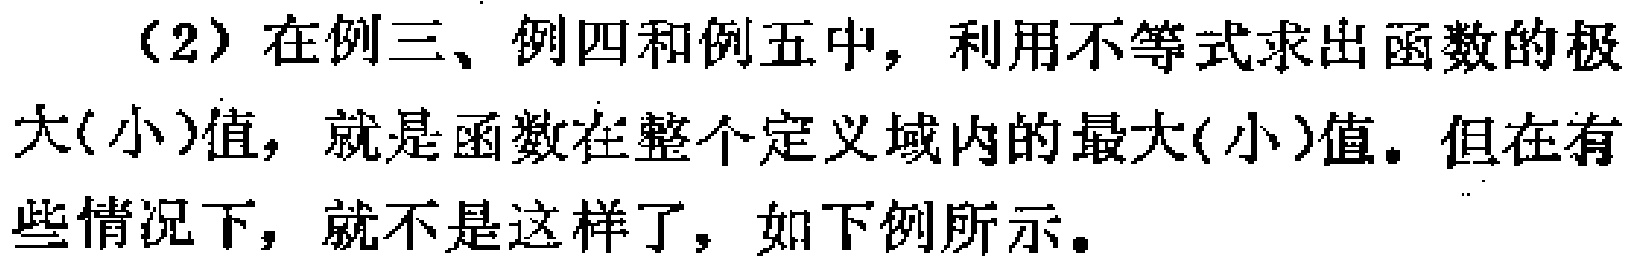
（2）在例三、例四和例五中，利用不等式求出函数的极
大(小)值，就是函数在整个定义域内的最大(小)值。但在有
些情况下，就不是这样了，如下例所示。